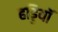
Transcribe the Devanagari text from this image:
हड्डियॉ